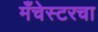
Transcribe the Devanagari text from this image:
मँचेस्टरचा